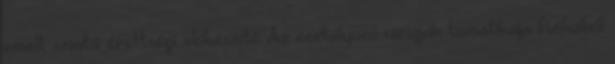
emelt szintű érettségi előkészítő Az osztályozó vizsgák tematikája fizikából